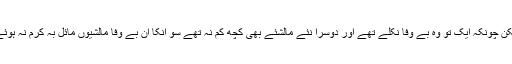
لیکن چونکہ ایک تو وہ بے وفا نکلے تھے اور دوسرا نئے مالشئے بھی کچھ کم نہ تھے سو انکا ان بے وفا مالشیوں مائل بہ کرم نہ ہوئے۔